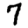
Digit: 7